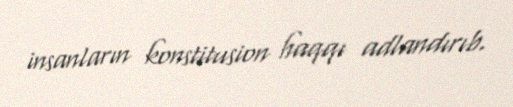
insanların konstitusion haqqı adlandırıb.